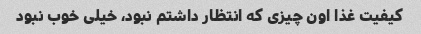
کیفیت غذا اون چیزی که انتظار داشتم نبود، خیلی خوب نبود